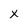
Character: X